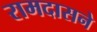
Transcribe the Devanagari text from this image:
रामदासने